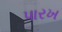
પારખ